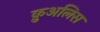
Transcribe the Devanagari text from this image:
क़ुअलिस